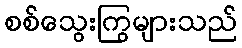
စစ်သွေးကြွများသည်